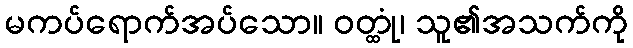
မကပ်ရောက်အပ်သော။ ဝတ္ထုံ၊ သူ၏အသက်ကို